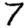
Digit: 7